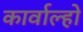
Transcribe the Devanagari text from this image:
कार्वाल्हो